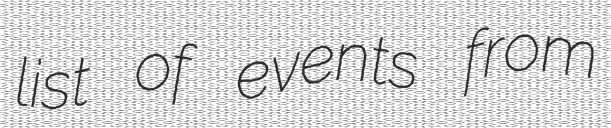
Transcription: list of events from